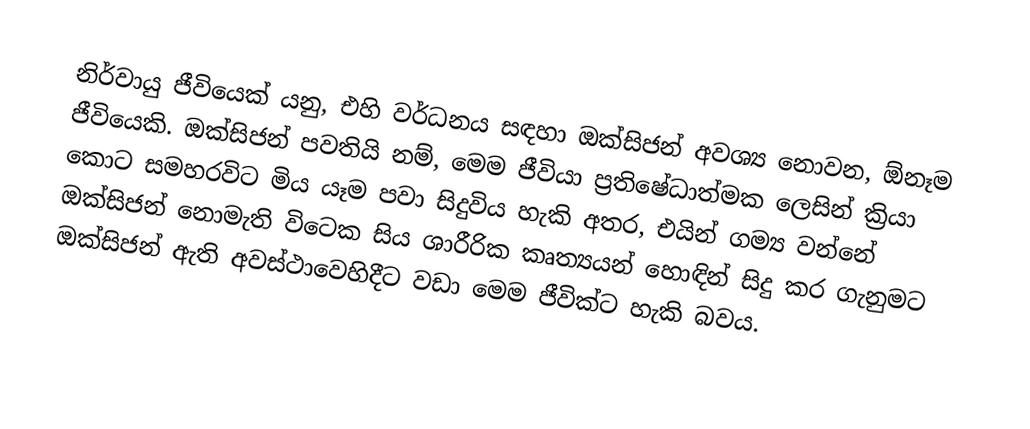
නිර්වායු ජීවියෙක් යනු, එහි වර්ධනය සඳහා  ඔක්සිජන් අවශ්‍ය නොවන, ඕනෑම ජීවියෙකි. ඔක්සිජන් පවතියි නම්, මෙම ජීවියා ප්‍රතිෂේධාත්මක ලෙසින් ක්‍රියා කොට සමහරවිට මිය යෑම පවා සිදුවිය හැකි අතර,  එයින් ගම්‍ය වන්නේ ඔක්සිජන් නොමැති විටෙක සිය ශාරීරික කෘත්‍යයන් හොඳින් සිදු කර ගැනුමට ඔක්සිජන් ඇති අවස්ථාවෙහිදීට වඩා මෙම ජීවික්ට හැකි බවය.